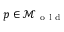
p \in \mathcal { M } _ { \mathrm { ~ o ~ l ~ d ~ } }